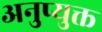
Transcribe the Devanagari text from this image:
अनुप्युक्त